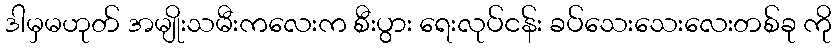
ဒါမှမဟုတ် အမျိုးသမီးကလေးက စီးပွား ရေးလုပ်ငန်း ခပ်သေးသေးလေးတစ်ခု ကို